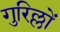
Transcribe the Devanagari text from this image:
गुरिल्लों